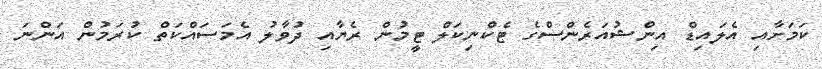
ކަމަށާއި އެލައިޑް އިންޝުއަރެންސްގެ ޓެކްނިކަލް ޓީމުން ރެޔާއި ދުވާލު އެމަސައްކަތް ކުރަމުން އަންނަ